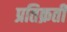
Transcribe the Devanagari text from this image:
प्रतिक्रती